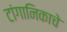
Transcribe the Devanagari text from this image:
टांगानिकाचे